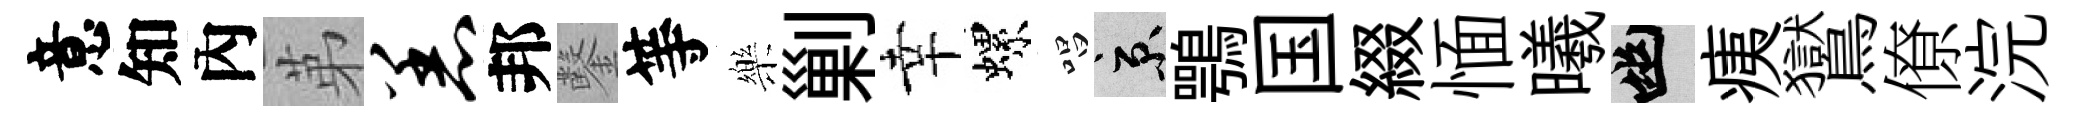
意知內苐恙邦鑿等樂剿幸螺唱京鶚国綴愐曦幽痍鸑僚浣